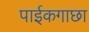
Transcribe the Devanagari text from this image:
पाईकगाछा